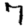
Digit: 7